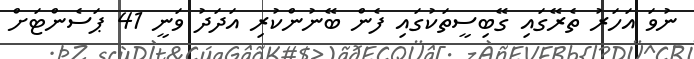
ނުވަ އަހަރު ތެރޭގައި ގޭބިސީތަކުގައި ފެން ބޭނުންކުރި އަދަދު ވަނީ 41 ޕަސެންޓަށް